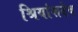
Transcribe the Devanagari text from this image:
श्रियांशदेव